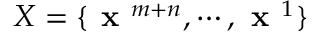
X = \{ \textbf { x } ^ { m + n } , \cdots , \textbf { x } ^ { 1 } \}